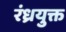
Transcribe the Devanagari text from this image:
रंध्रयुक्त